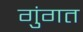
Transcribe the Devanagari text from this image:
गुंगत